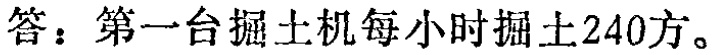
答：第一台掘土机每小时掘土240方。